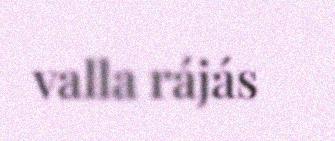
valla rájás